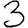
Digit: 3